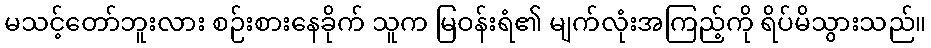
မသင့်တော်ဘူးလား စဉ်းစားနေခိုက် သူက မြဝန်းရံ၏ မျက်လုံးအကြည့်ကို ရိပ်မိသွားသည်။